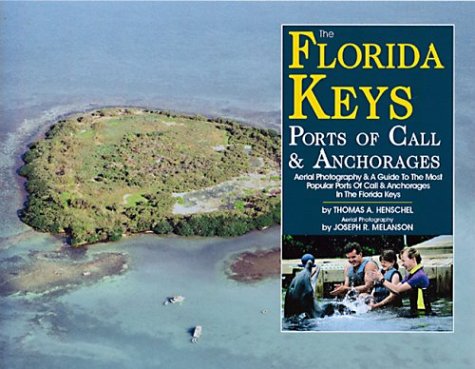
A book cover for The Florida Keys Ports of Call & Anchorages; Thomas A. Henschel; Travel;